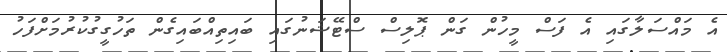
އެ މައްސަލާގައި އެ ފަސް މީހުން ގަން ޕޮލިސް ސްޓޭޝަނުގައި ބައިތިއްބައިގެން ތަހުގީގުކުރުމަށްފަހު